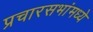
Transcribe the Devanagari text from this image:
प्रचारसभांमध्ये